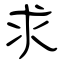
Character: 求